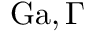
\mathrm { G a } , \Gamma